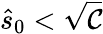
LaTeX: \hat{s}_{0}<\sqrt{\mathcal{C}}